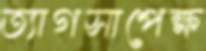
ত্যাগসাপেক্ষ